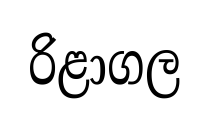
රිළාගල